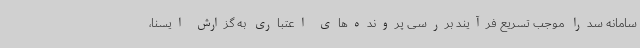
سامانه سدرا موجب تسریع فرآیند بررسی پرونده‌های اعتباری به گزارش ایسنا،